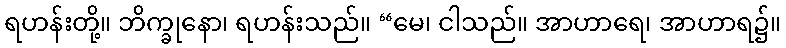
ရဟန်းတို့။ ဘိက္ခုနော၊ ရဟန်းသည်။ “မေ၊ ငါသည်။ အာဟာရေ၊ အာဟာရ၌။